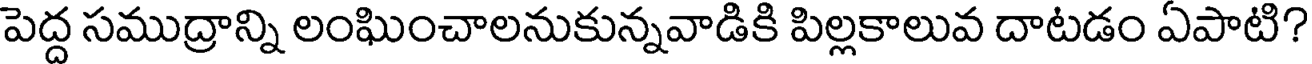
పెద్ద సముద్రాన్ని లంఘించాలనుకున్నవాడికి పిల్లకాలువ దాటడం ఏపాటి?